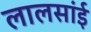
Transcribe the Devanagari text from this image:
लालसांई